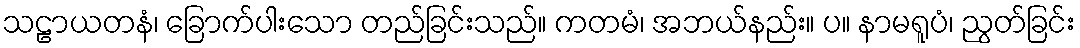
သဠာယတနံ၊ ခြောက်ပါးသော တည်ခြင်းသည်။ ကတမံ၊ အဘယ်နည်း။ ပ။ နာမရူပံ၊ ညွတ်ခြင်း